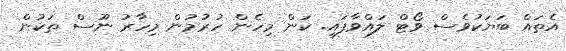
އެތައް ބަޔަކުވެސް ވޯޓް ލައްވާފައި. ކަން މިހެން ހުރުމުން މިހާރު ނޫސް ތަކުން